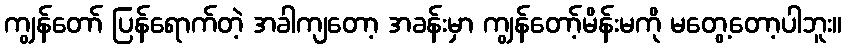
ကျွန်တော် ပြန်ရောက်တဲ့ အခါကျတော့ အခန်းမှာ ကျွန်တော့်မိန်းမကို မတွေ့တော့ပါဘူး။